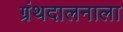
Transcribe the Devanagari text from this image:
ग्रंथदालनाला